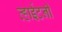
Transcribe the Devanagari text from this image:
व्हाईटनी